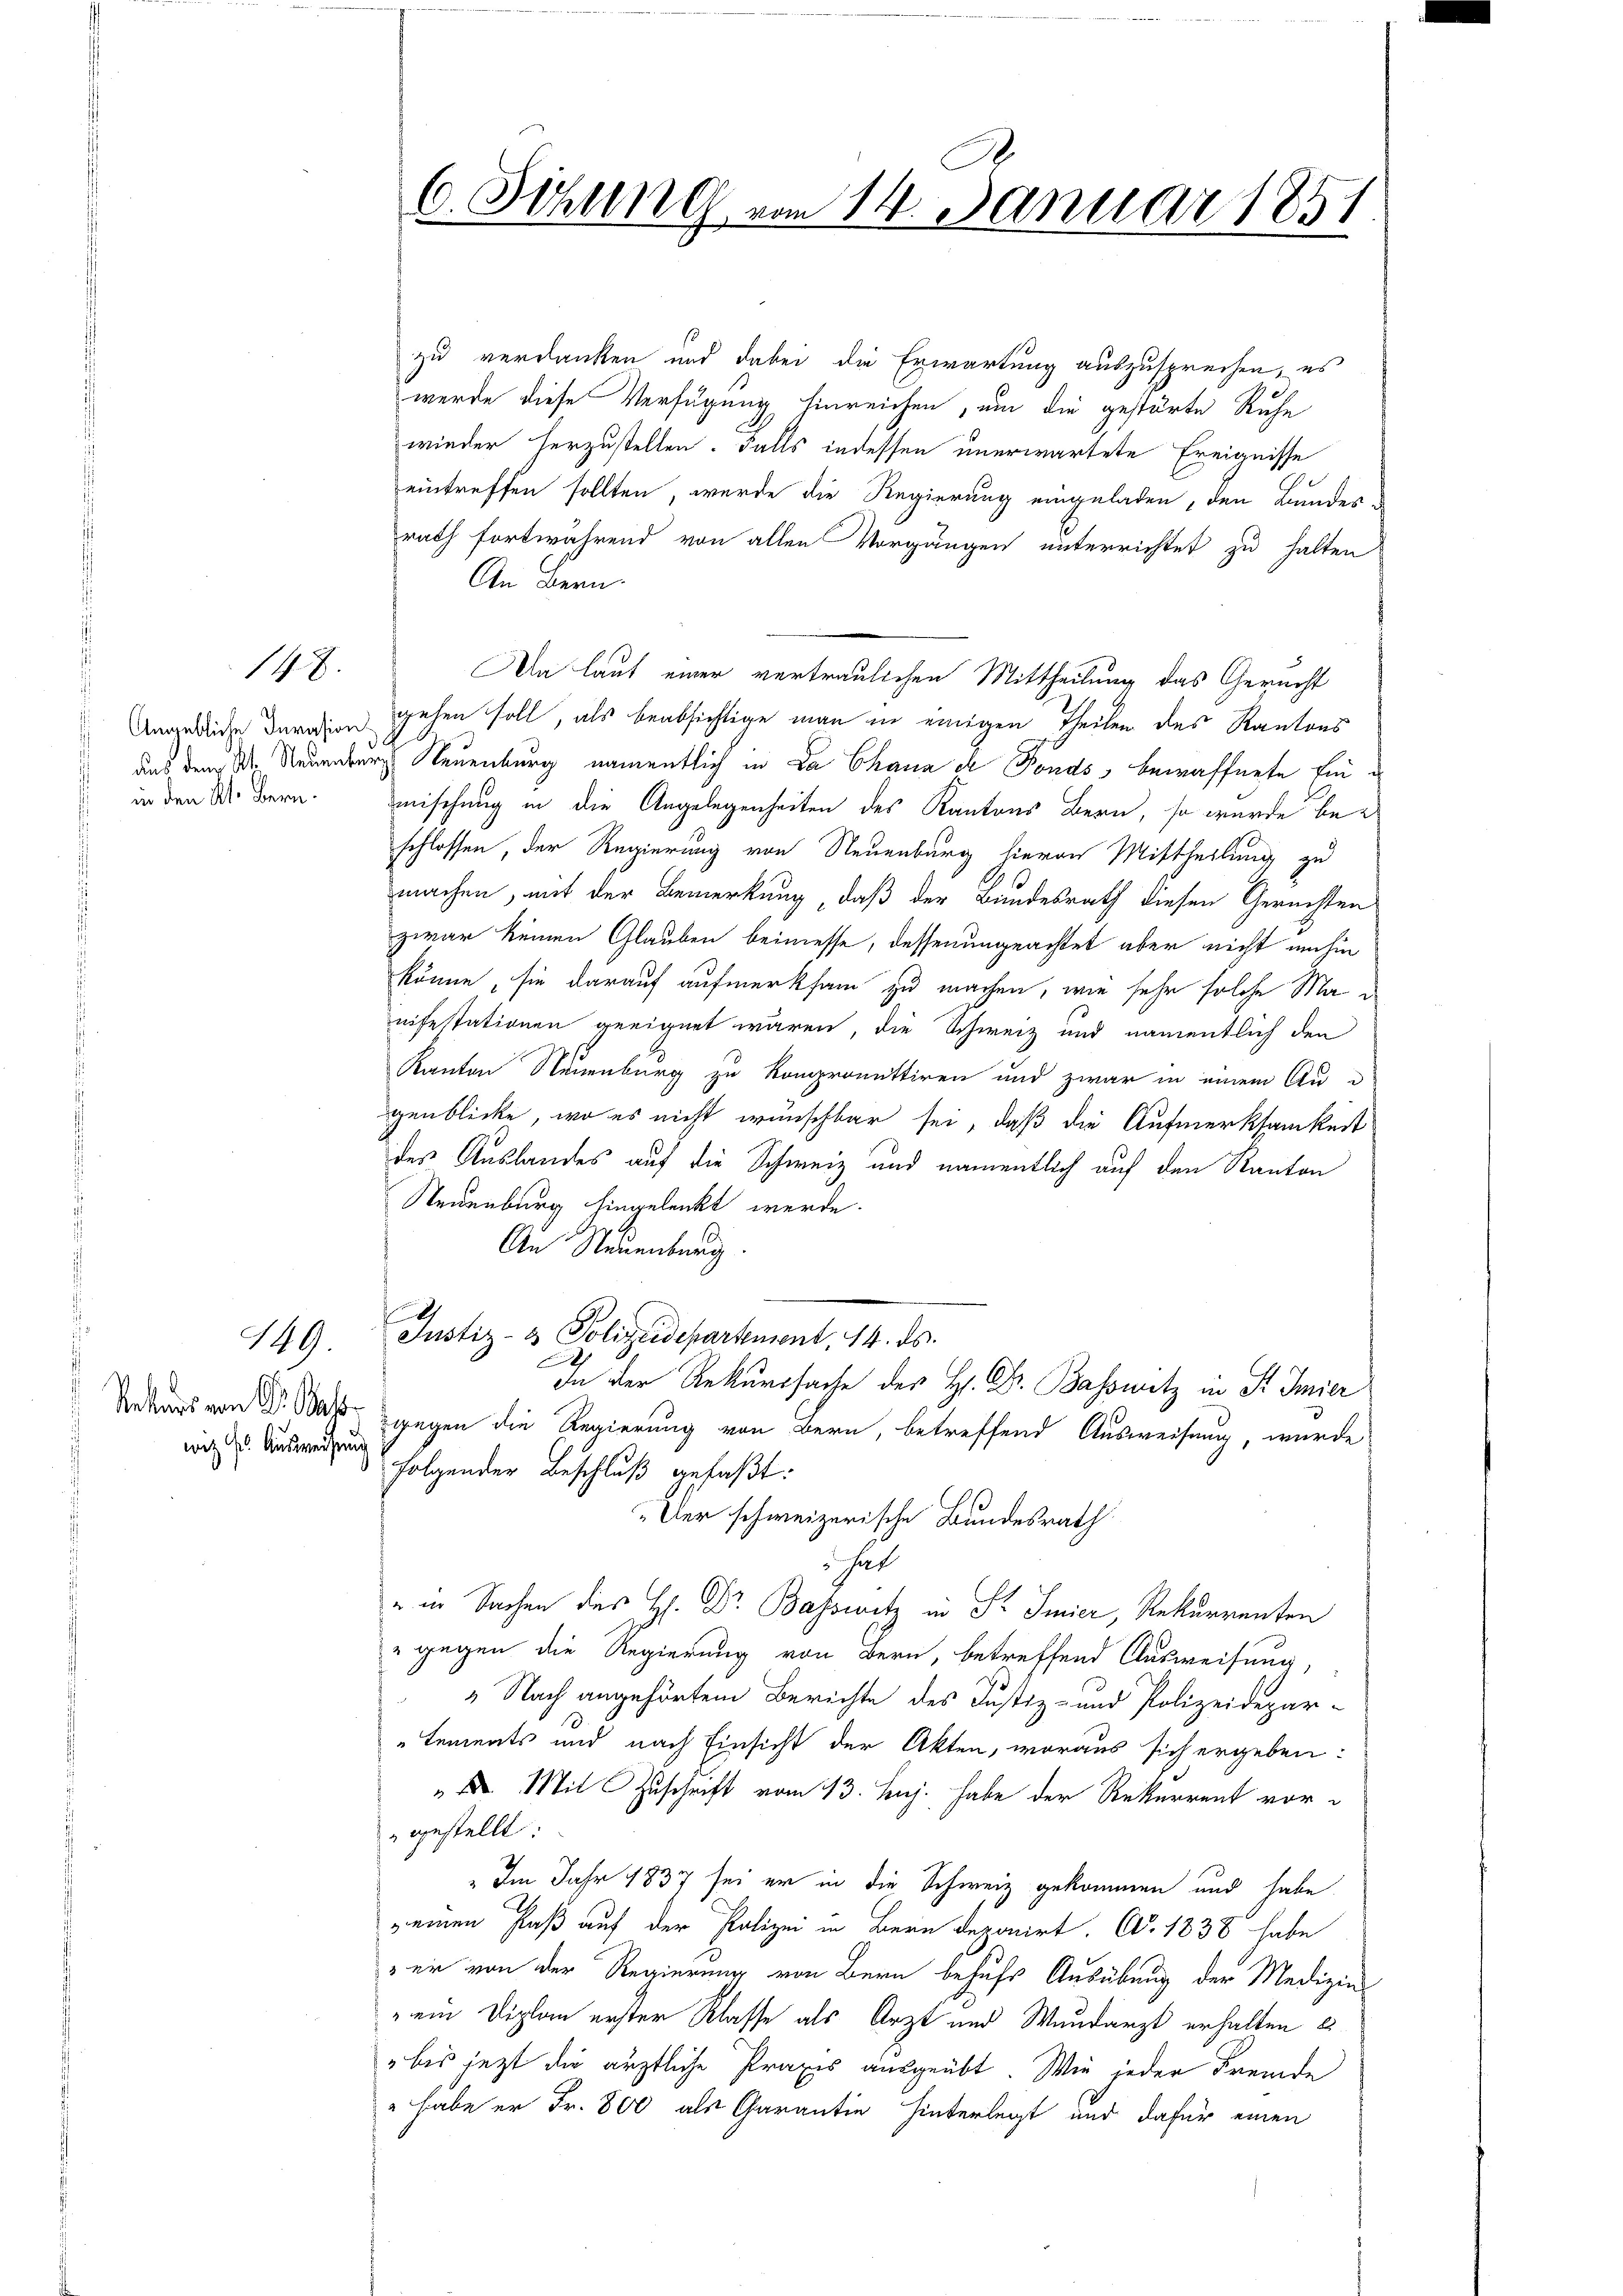
in den Kt. Bern.

14.

149.

witz sr. Ausweisung

zu verdanken und dabei die Erwartung auszusprechen, es
werde diese Verfügung hinreichen, um die gestörte Ruhe
wieder herzustellen. Falls indessen unerwartete Ereignisse
eintreffen sollten, werde die Regierung eingeladen, den Bundes
rath fortwährend von allen Vorgängen unterrichtet zu halten
An Bern.
An laut einer vertraulichen Mittheilung das Gerecht
Angebliche Daration gehen soll, als beabsichtige man in einigen Theilen des Kantons
aus dem M. Neuenburg Neuenburg namentlich in Da Chana che Fonds, bewaffnete Einmischung in die Angelegenheiten des Kantons Bern, so wurde bei
schlossen, der Regierung von Neuenburg hievon Mittheilung zu
machen, mit der Bemerkung, daß der Bundesrath diesen Gerichten
zwar keinen Glauben beimesse, dessen ungeachtet aber nicht umhin
könne, sie darauf aufmerksam zu machen, wie sehr solche Manifestationen geeignet wären, die Schweiz und namentlich den
Kanton Neuenburg zu kompromittiren und zwar in einem Au
genblicke, wo es nicht wünschbar sei, daß die Aufmerksamkeit
des Auslandes auf die Schweiz und namentlich auf den Kanton
Neuenburg hingelenkt werde.
An Neuenburg.
h
Justiz- & Polizeidepartement, 14. ds.

In der Rekurssache des H. Dr. Basswitz in Sr. Imier
Vrkars von Dr. Was wegen die Regierung von Bern, betreffend Ausweisung, wurde
 folgender Beschluß gefaßt:
Der schweizerische Bundesrath
hat
" in Sachen des H. Dr Bassetz in St. Imier, Rekurrenten
" gegen die Regierung von Bern, betreffend Ausweisung,
" Nach angehörtem Berichte des Justiz- und Polizeidepar¬
Lements und nach Einsicht der Akten, woraus sich ergeben:
 Mit Zuschrift vom 13. huj. habe der Rekurrent vorgestellt:
" Im Jahr 1837 sei er in die Schweiz gekommen und habe
seinen Paß auf der Polizei in Bern deponirt. A. 1838 habe
er von der Regierung von Bern behufs Ausübung der Medizie¬
"ein Diplan erster Klasse als Arzt und Wundarzt erhalten 8
bis jezt die ärztliche Praxis ausgeübt. Wie jeder Fremde
" habe er Fr. 800 als Garantin hinterlegt und dafür einen

A.
6. Sitzung vom 14. Januar 1851